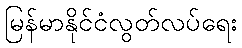
မြန်မာနိုင်ငံလွတ်လပ်ရေး